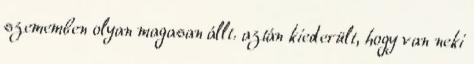
szememben olyan magasan állt. aztán kiederült, hogy van neki